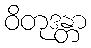
ဝိတုဒန္တာ